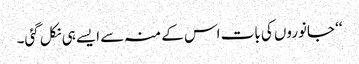
‘‘ جانوروں کی بات اس کے منہ سے ایسے ہی نکل گئی۔